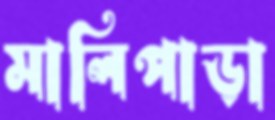
মালিপাড়া